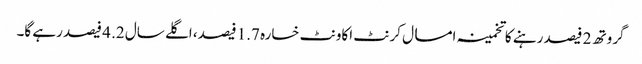
گروتھ 2 فیصد رہنے کا تخمینہ امسال کرنٹ اکاونٹ خسارہ 1.7 فیصد، اگلے سال 2. 4 فیصد رہے گا۔